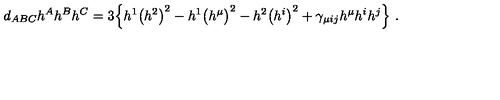
d _ { A B C } h ^ { A } h ^ { B } h ^ { C } = 3 \Big \{ h ^ { 1 } \big ( h ^ { 2 } \big ) ^ { 2 } - h ^ { 1 } \big ( h ^ { \mu } \big ) ^ { 2 } - h ^ { 2 } \big ( h ^ { i } \big ) ^ { 2 } + \gamma _ { \mu i j } h ^ { \mu } h ^ { i } h ^ { j } \Big \} \ .